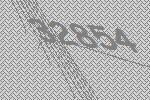
32854